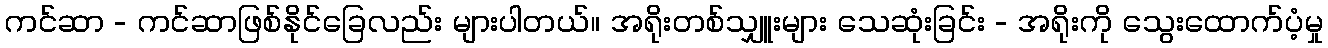
ကင်ဆာ - ကင်ဆာဖြစ်နိုင်ခြေလည်း များပါတယ်။ အရိုးတစ်သျှူးများ သေဆုံးခြင်း - အရိုးကို သွေးထောက်ပံ့မှု